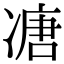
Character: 𠗶